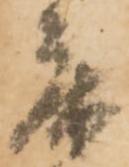
床